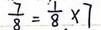
\frac { 7 } { 8 } = \frac { 1 } { 8 } \times